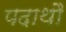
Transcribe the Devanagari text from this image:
पदाथौ